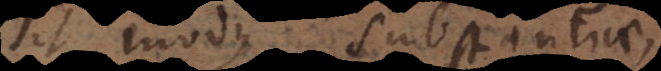
sit modus substantiae,